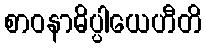
စာဝနာဓိပ္ပါယေဟီတိ